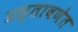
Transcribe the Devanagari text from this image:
प्रस्तावणेत